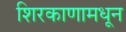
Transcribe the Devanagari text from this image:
शिरकाणामधून